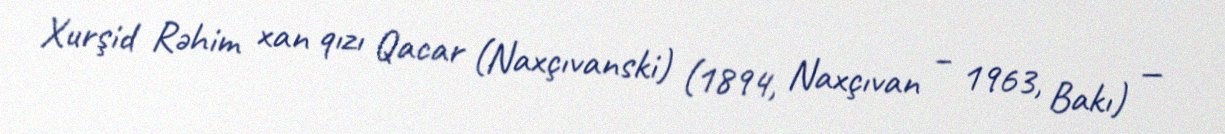
Xurşid Rəhim xan qızı Qacar (Naxçıvanski) (1894, Naxçıvan – 1963, Bakı) —